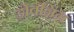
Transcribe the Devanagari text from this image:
डोवनिंग